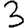
Digit: 3